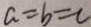
a = b = c